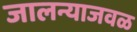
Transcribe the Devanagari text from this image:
जालन्याजवळ